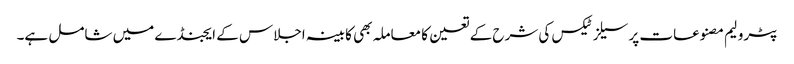
پٹرولیم مصنوعات پر سیلز ٹیکس کی شرح کے تعین کا معاملہ بھی کابینہ اجلاس کے ایجنڈے میں شامل ہے۔